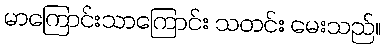
မာကြောင်းသာကြောင်း သတင်း မေးသည်။